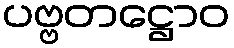
ပဗ္ဗတဋ္ဌောဝ